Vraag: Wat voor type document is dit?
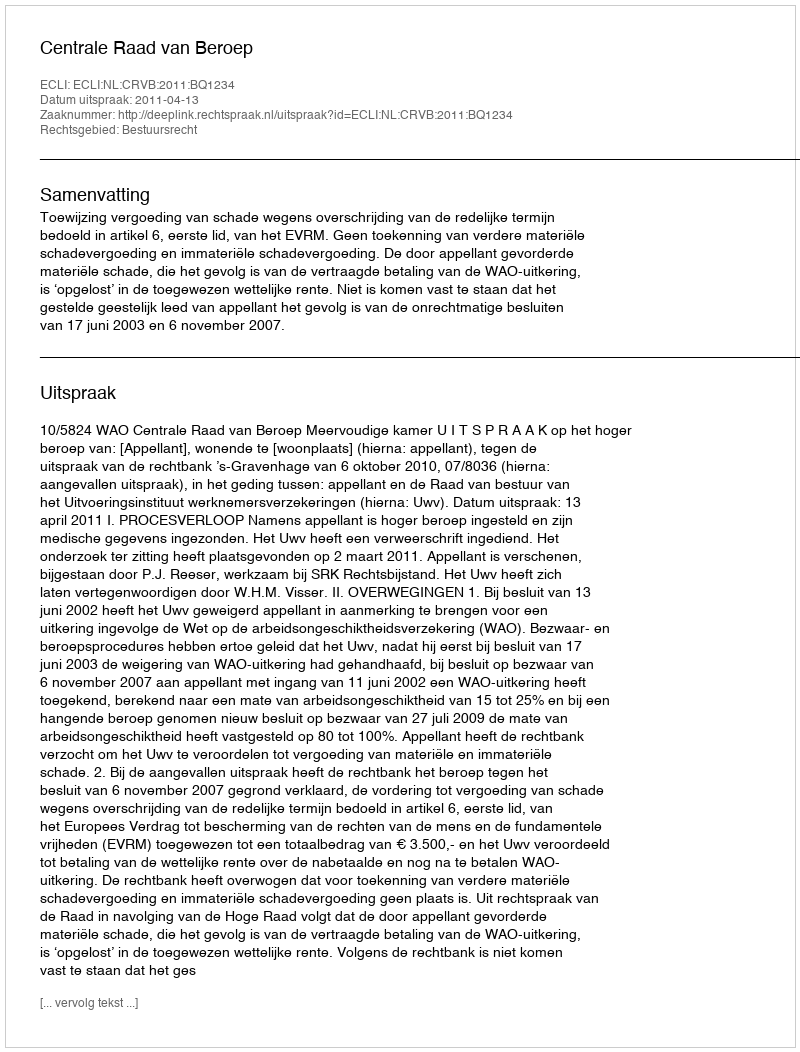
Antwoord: Uitspraak